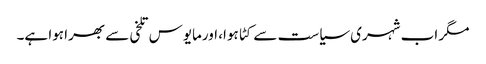
مگر اب شہری سیاست سے کٹا ہوا، اورمایوس تلخی سے بھرا ہوا ہے۔